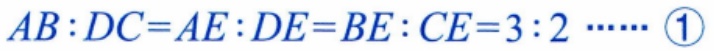
\(AB:DC = AE:DE = BE:CE = 3:2\cdots\cdots\textcircled{1}\)